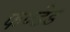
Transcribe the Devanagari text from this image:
फण्डेड